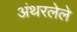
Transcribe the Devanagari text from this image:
अंथरलेले